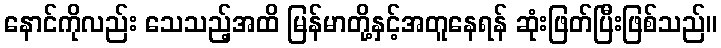
နောင်ကိုလည်း သေသည့်အထိ မြန်မာတို့နှင့်အတူနေရန် ဆုံးဖြတ်ပြီးဖြစ်သည်။